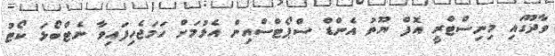
ވާދޫގައި މިނިސްޓްރީ އޮފް ޔޫތު އެންޑް ސްޕޯޓްސްއިން އެޅުމަށް ހަމަޖެހިފައިވާ ނެޓްބޯޅަ ކޯޓު